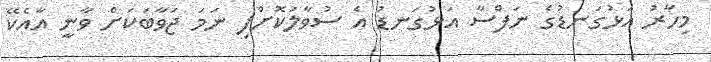
މިހާރު އަޅުގަނޑުގެ ނަފްސާ އަޅުގަނޑު އެ ސުވާލުކޮށްފި ނަމަ ޖަވާބަކަށް ވާނީ އާއެކޭ